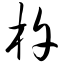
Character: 杵